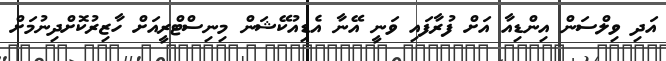
އަދި ވިލްސަން އިންޑިއާ އަށް ފުރާފައި ވަނީ އޭނާ އެޑިއުކޭޝަން މިނިސްޓްރީއަށް ހާޒިރުކޮށްދިނުމަށް